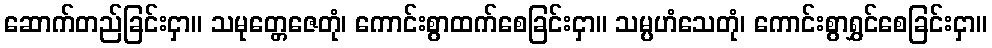
ဆောက်တည်ခြင်းငှာ။ သမုတ္တေဇေတုံ၊ ကောင်းစွာထက်စေခြင်းငှာ။ သမ္ပဟံသေတုံ၊ ကောင်းစွာရွှင်စေခြင်းငှာ။